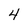
Character: 4